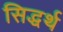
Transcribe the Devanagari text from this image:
सिद्धर्थ